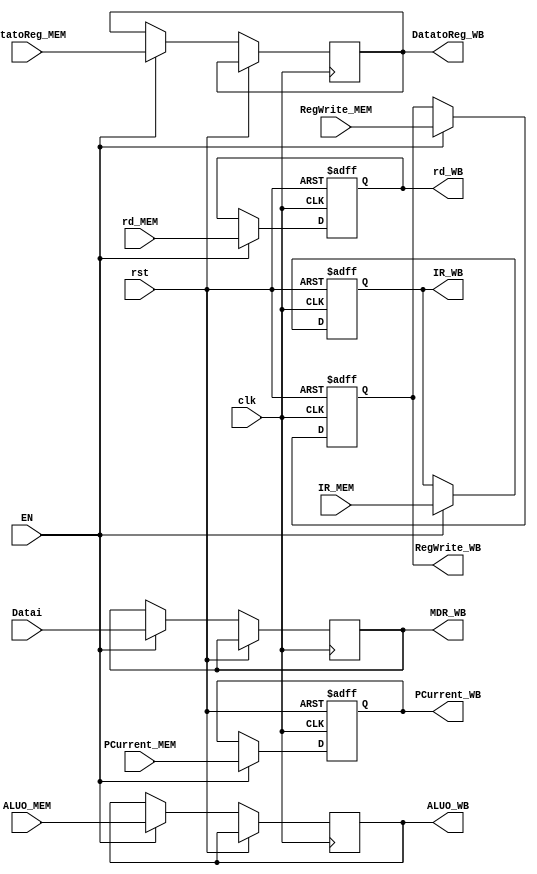
`timescale 1ns / 1ps
//////////////////////////////////////////////////////////////////////////////////
// Company:
// Engineer:
//
// Design Name:
// Module Name:    REGS EX/MEM Latch
// Project Name:
// Target Devices:
// Tool versions:
// Description:
//
// Dependencies:
//
// Revision:
// Revision 0.01 - File Created
// Additional Comments:
//
//////////////////////////////////////////////////////////////////////////////////
module   REG_MEM_WB(input clk,                                      //MEM/WB Latch
                    input rst,
                    input EN,                                       //
                    input [31:0] IR_MEM,                             //()
                    input [31:0] PCurrent_MEM,                       //
                    input [31:0] ALUO_MEM,                           //ALUALU
                    input [31:0] Datai,                              //MIOlCPU
                    input [4:0]  rd_MEM,                             //
                    input DatatoReg_MEM,                      //REG
                    input RegWrite_MEM,                              //
                    output reg[31:0] PCurrent_WB,                  //
                    output reg[31:0] IR_WB,                        //()
                    output reg[31:0] ALUO_WB,                      //ALUALU
                    output reg[31:0] MDR_WB,                       //MIOCPU
                    output reg[4:0]  rd_WB,                        //
                    output reg       DatatoReg_WB,                 //REG
                    output reg       RegWrite_WB                   //
                );

    always @(posedge clk or posedge rst) begin
        if(rst) begin
            rd_WB       <= 0;
            RegWrite_WB <= 0;
            IR_WB       <= 0;
            PCurrent_WB <= 0;
        end
        else if(EN)begin                                      //EXMEM
                IR_WB       <= IR_MEM;
                PCurrent_WB <= PCurrent_MEM;            ////MEM/WB.PC
                ALUO_WB     <= ALUO_MEM;                    //ALU
                MDR_WB      <= Datai;                      //
                rd_WB       <= rd_MEM;                        //
                RegWrite_WB <= RegWrite_MEM;            //
                DatatoReg_WB <= DatatoReg_MEM;          //REG
            end
    end

endmodule